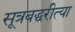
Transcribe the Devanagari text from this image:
सूत्रबद्धरीत्या